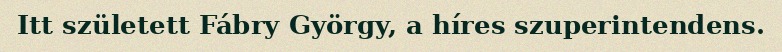
Itt született Fábry György, a híres szuperintendens.